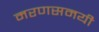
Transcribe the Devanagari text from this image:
मरणसमयी